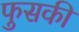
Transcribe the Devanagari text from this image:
फुसकी